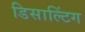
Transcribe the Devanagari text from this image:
डिसाल्टिंग